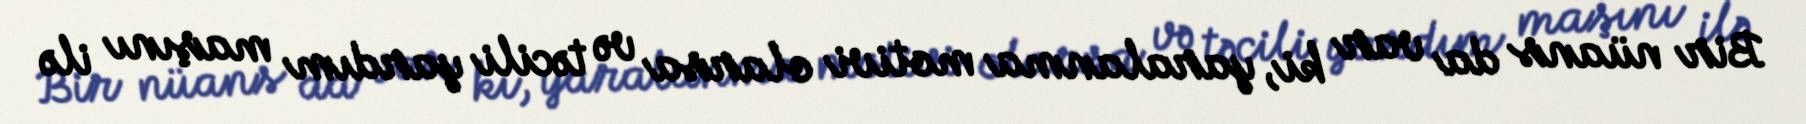
Bir nüans da var ki, yaralanma motivi olarsa və təcili yardım maşını ilə